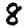
Digit: 8